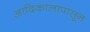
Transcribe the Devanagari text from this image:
आदिकालापासून